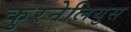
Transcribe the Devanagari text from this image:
कुरनेलियुस